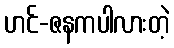
ဟင်-ဇနကပါလားတဲ့